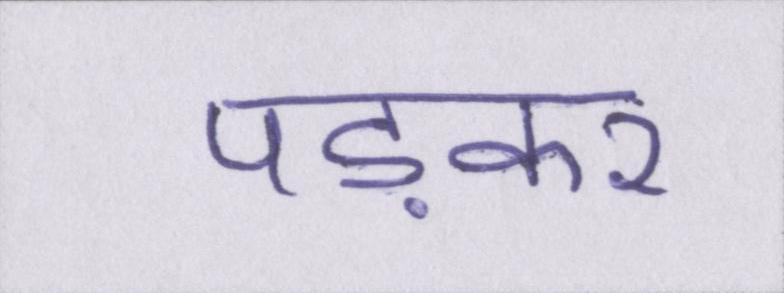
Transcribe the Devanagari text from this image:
पड़कर